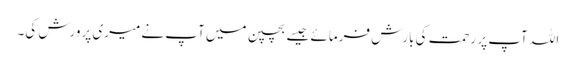
اللہ آپ پر رحمت کی بارش فرمائے جیسے بچپن میں آپ نے میری پرورش کی۔